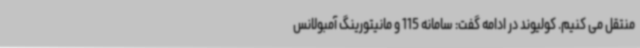
منتقل می کنیم. کولیوند در ادامه گفت: سامانه 115 و مانیتورینگ آمبولانس